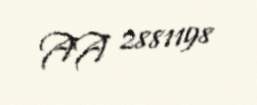
AA 2881198